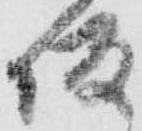
坂